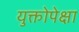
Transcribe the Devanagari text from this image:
युक्तोपेक्षा